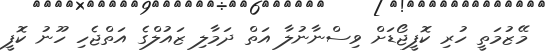
މޭޒުމަތީ ހުރި ކޮފީޖޯޑަށް ވިސްނާނުލާ އަތް ދަމާލި ޒައުލްގެ އަތްޖެހި ހޫނު ކޮފީ